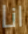
انا